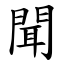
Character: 聞